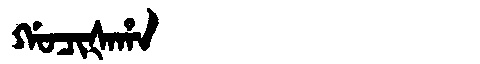
Manchu: ᡤᠣᠴᡳᡧᠠᡥᠠ
Romanization: GOCIŠAHA